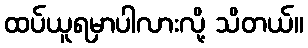
ထပ်ယူရမှာပါလားလို့ သိတယ်။